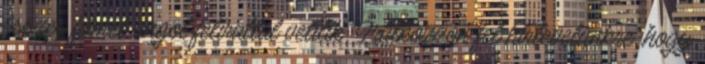
összes filmet angol felirattal vetítik. Iratkozzon fel hírlevelünkre, hogy